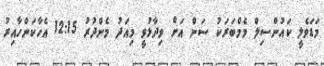
މަޑަވެލީ ކައުންސިލް މެމްބަރަކު ސަން އަށް ވިދާޅުވީ މިއަދު މެންދުރު 12:15 އެހާކަންހާއިރު